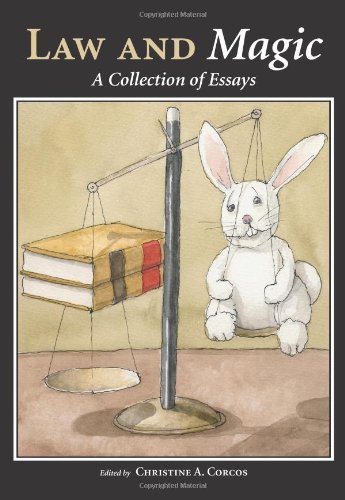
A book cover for Law and Magic: A Collection of Essays; Christine A. Corcos; Law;